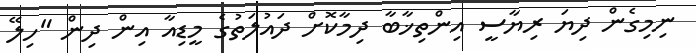
ނިމިގެން ދިޔަ ރިޔާސީ އިންތިޚާބާ ދިމާކޮށް ދައުލަތުގެ މީޑިއާ އިން ދިން "ހިލޭ